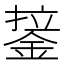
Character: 𰼷